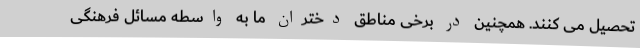
تحصیل می کنند. همچنین در برخی مناطق دختران ما به واسطه مسائل فرهنگی